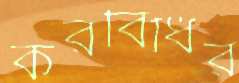
করবিধির